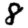
Digit: 8